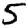
Digit: 5